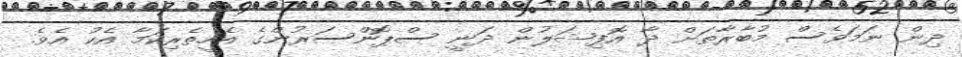
ދިން ނަމަވެސް މުބާރާތަށް ދާ އޮފިޝަލުން ދަނީ ސްޕޮންސަރުންގެ އެހީތެރިކަމާ އެކު އެވެ.